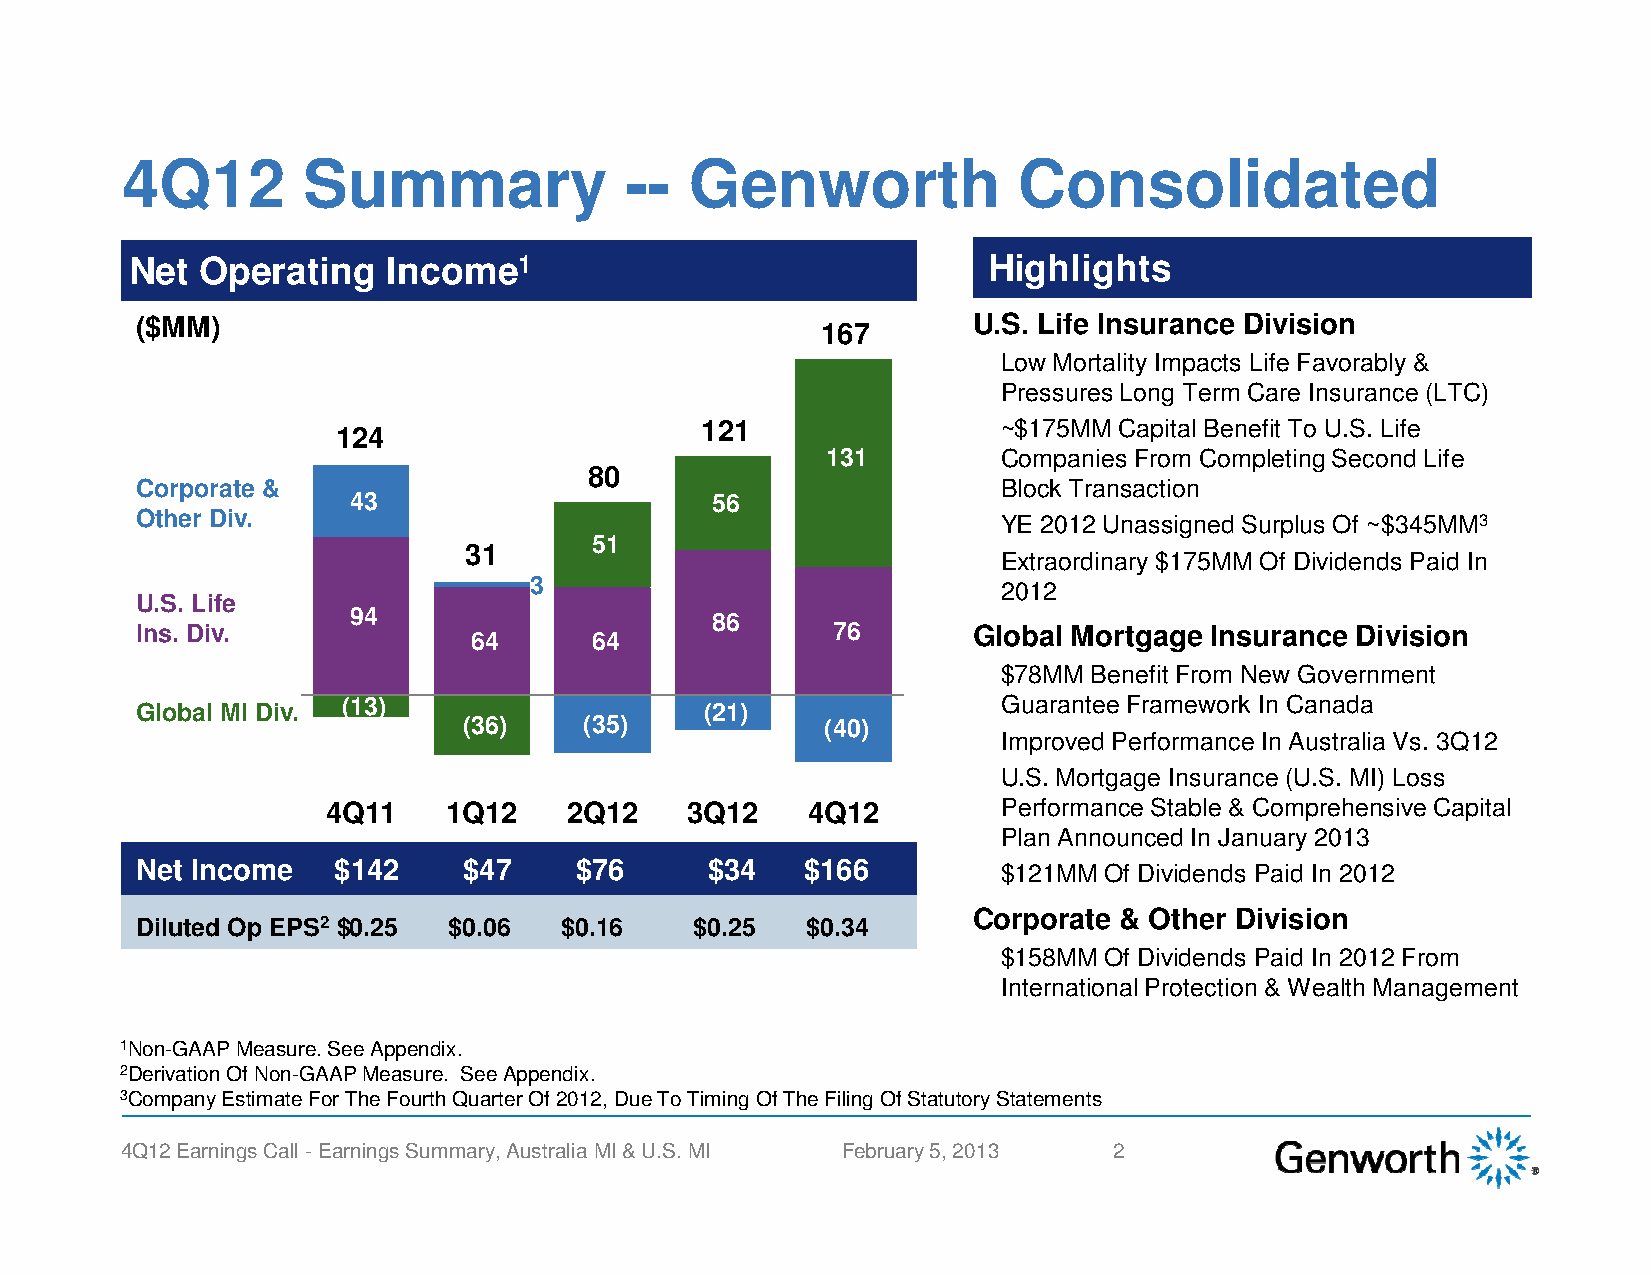
4Q12        Summary              --   Genworth             Consolidated
 Net Operating    Income1                                Highlights
 ($MM)                                                  U.S. Life Insurance Division
 167
 Low Mortality Impacts Life Favorably &
 Pressures Long Term Care Insurance (LTC)
 121                 ~$175MM Capital Benefit To U.S. Life
 124
 131        Companies From Completing Second Life
 80
 Corporate &                                              Block Transaction
 43                      56
 Other Div.                                               YE 2012 Unassigned Surplus Of ~$345MM3
 51
 31
 Extraordinary $175MM Of Dividends Paid In
 3                              2012
 U.S. Life
 94
 86
 IInnss.. DDiivv..                             7766     GGlloobbaall MMoorrttggaaggee IInnssuurraannccee DDiivviissiioonn
 6644    6644
 $78MM Benefit From New Government
 Global MI Div. (13)                   (21)               Guarantee Framework In Canada
 (36)    (35)            (40)
 Improved Performance In Australia Vs. 3Q12
 U.S. Mortgage Insurance (U.S. MI) Loss
 4Q11    1Q12   2Q12    3Q12    4Q12         Performance Stable & Comprehensive Capital
 Plan Announced In January 2013
 Net Income   $142     $47    $76      $34   $166         $121MM Of Dividends Paid In 2012
 Corporate & Other Division
 Diluted Op EPS2 $0.25 $0.06 $0.16    $0.25  $0.34
 $158MM Of Dividends Paid In 2012 From
 International Protection & Wealth Management
 1Non-GAAP Measure. See Appendix.
 2Derivation Of Non-GAAP Measure. See Appendix.
 3Company Estimate For The Fourth Quarter Of 2012, Due To Timing Of The Filing Of Statutory Statements
 4Q12 Earnings Call -Earnings Summary, Australia MI & U.S. MI February 5, 2013 2